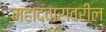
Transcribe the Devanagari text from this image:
महाद्वारावरील